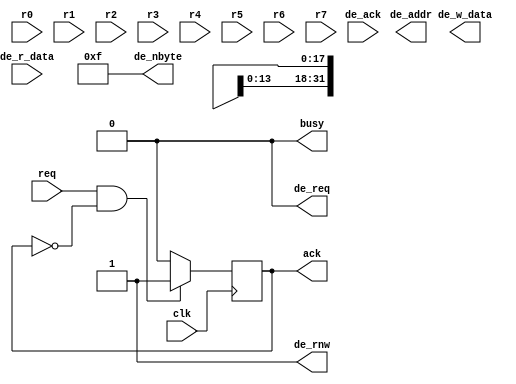
// Verilog HDL for "COMP32211", "drawing_dummy" "functional"
// This is an inactive cell which takes the place of a drawing function.
// It 'ties off' outputs tidily.

`define TPD 2

module drawing_dummy( input  wire        clk,
                      input  wire        req,
                      output reg         ack,
                      output wire        busy,
                      input  wire [15:0] r0,
                      input  wire [15:0] r1,
                      input  wire [15:0] r2,
                      input  wire [15:0] r3,
                      input  wire [15:0] r4,
                      input  wire [15:0] r5,
                      input  wire [15:0] r6,
                      input  wire [15:0] r7,
                      output wire        de_req,
                      input  wire        de_ack,
                      output wire [17:0] de_addr,
                      output wire  [3:0] de_nbyte,
                      output wire        de_rnw,
                      output wire [31:0] de_w_data,
                      input  wire [31:0] de_r_data );

always @ (posedge clk)			// Respond to (spurious) req
  if (req && !ack) ack <= #`TPD 1;
  else             ack <= #`TPD 0;

assign busy = 0;
assign de_req = 0;
assign de_addr = 18'hxxxxx;
assign de_nbyte = 4'b1111;
assign de_rnw = 1;
assign de_w_data = 32'hxxxx_xxxx;

endmodule